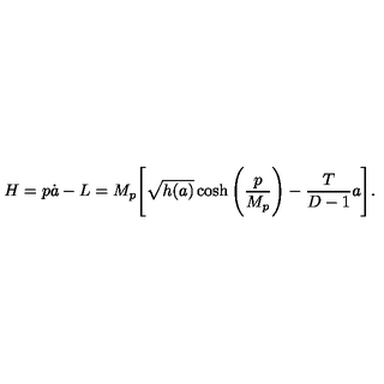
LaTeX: H = p \dot { a } - L = M _ { p } \Bigg [ { \sqrt { h ( a ) } } \cosh \Bigg ( { \frac { p } { M _ { p } } } \Bigg ) - { \frac { T } { D - 1 } } a \Bigg ] .